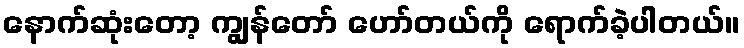
နောက်ဆုံးတော့ ကျွန်တော် ဟော်တယ်ကို ရောက်ခဲ့ပါတယ်။